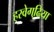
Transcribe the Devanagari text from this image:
हरवेगढि़या